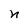
Character: n